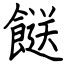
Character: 餸